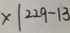
x \vert 2 2 9 - 1 3